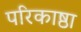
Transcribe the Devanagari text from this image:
परिकाष्ठा